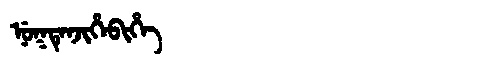
Manchu: ᠨᡠᡴᡨᡝᠨᠵᡳᡥᡝᠪᡳᡥᡝ
Romanization: NUKTENJIHEBIHE